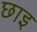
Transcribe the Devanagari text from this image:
छाइ